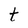
Character: t